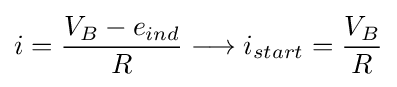
i={V_{B}-{e}_{ind} \over R}\longrightarrow {i}_{start}={V_{B} \over R}